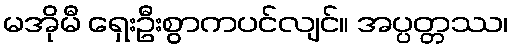
မအိုမီ ရှေးဦးစွာကပင်လျင်။ အပ္ပတ္တဿ၊